Plague in India, 1896, 1897 - Volume 2
Year: 1896
Disease focus: Plague
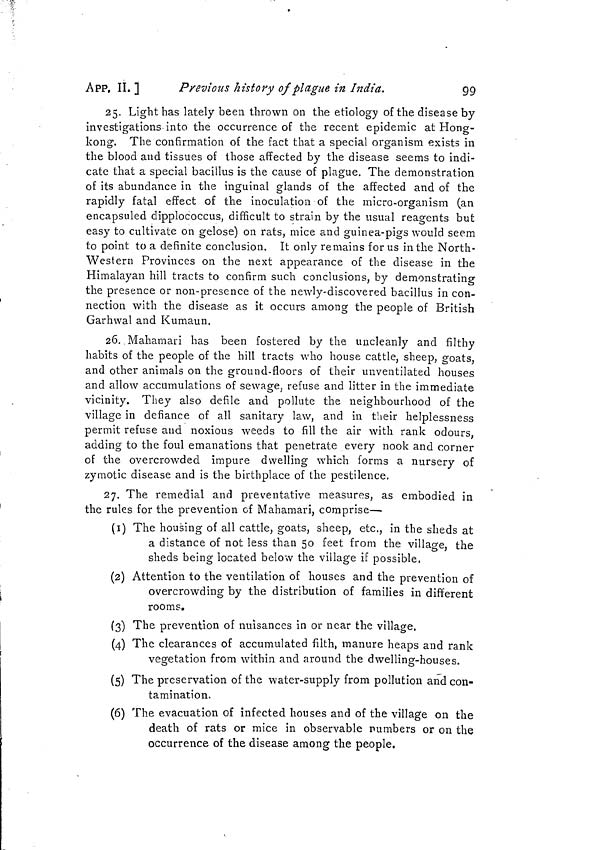
APP, II. ]
Previous history of plague in India.
99
25. Light has lately been thrown on the etiology of the disease by
investigations into the occurrence of the recent epidemic at Hong-
kong. The confirmation of the fact that a special organism exists in
the blood and tissues of those affected by the disease seems to indi-
cate that a special bacillus is the cause of plague. The demonstration
of its abundance in the inguinal glands of the affected and of the
rapidly fatal effect of the inoculation of the micro-organism (an
encapsuled dipplococcus, difficult to strain by the usual reagents but
easy to cultivate on gélose) on rats, mice and guinea-pigs would seem
to point to a definite conclusion. It only remains for us in the North-
Western Provinces on the next appearance of the disease in the
Himalayan hill tracts to confirm such conclusions, by demonstrating
the presence or non-presence of the newly-discovered bacillus in con-
nection with the disease as it occurs among the people of British
Garhwal and Kumaun.
26. Mahamari has been fostered by the uncleanly and filthy
habits of the people of the hill tracts who house cattle, sheep, goats,
and other animals on the ground-floors of their unventilated houses
and allow accumulations of sewage, refuse and litter in the immediate
vicinity. They also defile and pollute the neighbourhood of the
village in defiance of all sanitary law, and in their helplessness
permit refuse and noxious weeds to fill the air with rank odours,
adding to the foul emanations that penetrate every nook and corner
of the overcrowded impure dwelling which forms a nursery of
zymotic disease and is the birthplace of the pestilence.
27. The remedial and preventative measures, as embodied in
the rules for the prevention of Mahamari, comprise—
(1) The housing of all cattle, goats, sheep, etc., in the sheds at
a distance of not less than 50 feet from the village, the
sheds being located below the village if possible,
(2) Attention to the ventilation of houses and the prevention of
overcrowding by the distribution of families in different
rooms.
(3) The prevention of nuisances in or near the village.
(4) The clearances of accumulated filth, manure heaps and rank
vegetation from within and around the dwelling-houses.
(5) The preservation of the water-supply from pollution and con-
tamination.
(6) The evacuation of infected houses and of the village on the
death of rats or mice in observable numbers or on the
occurrence of the disease among the people,